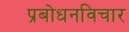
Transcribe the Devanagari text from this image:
प्रबोधनविचार